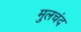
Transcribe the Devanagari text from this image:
मुलचंद